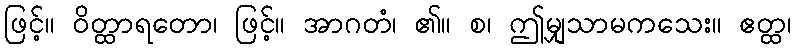
ဖြင့်။ ဝိတ္ထာရတော၊ ဖြင့်။ အာဂတံ၊ ၏။ စ၊ ဤမျှသာမကသေး။ ဧတ္ထ၊